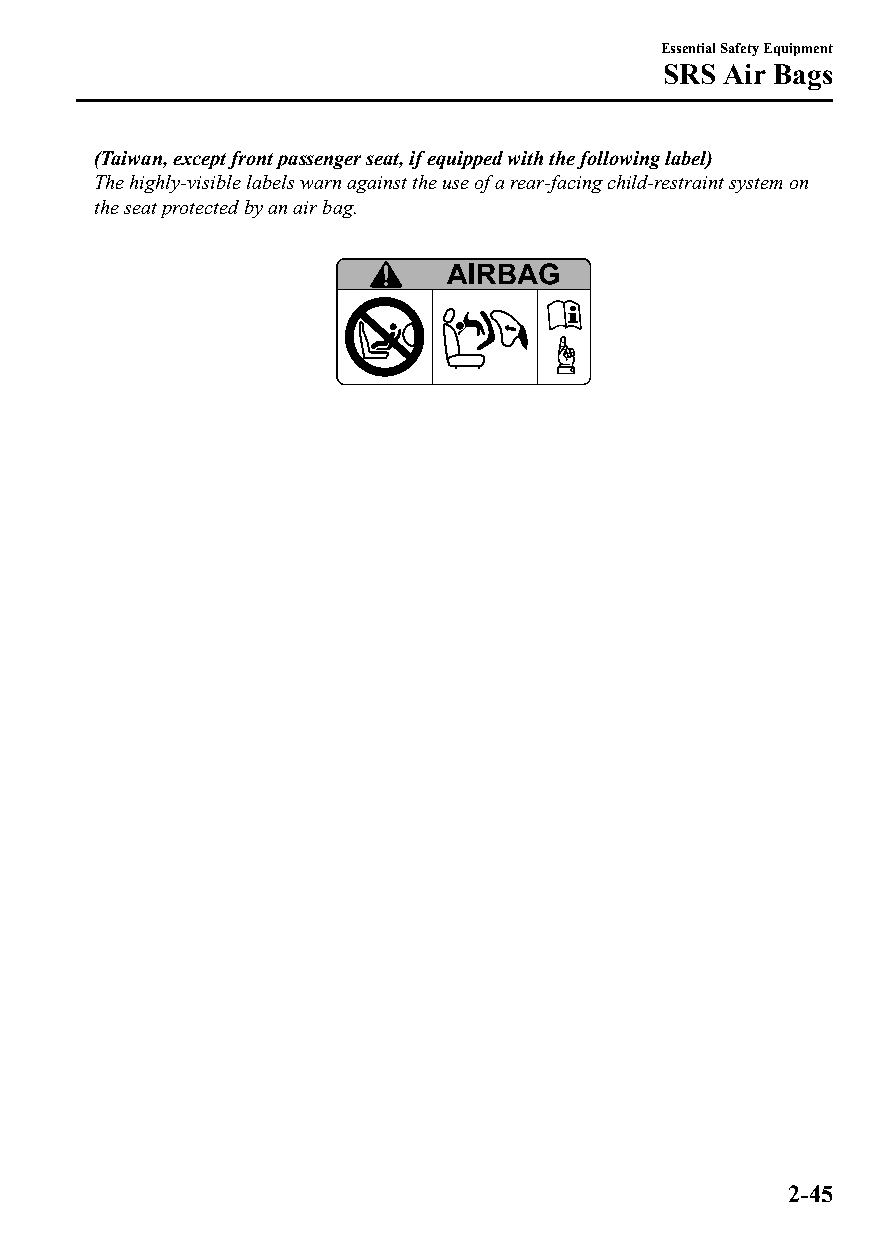
Essential Safety Equipment
 SRS Air Bags
 (Taiwan, except front passenger seat, if equipped with the following label)
 The highly-visible labels warn against the use of a rear-facing child-restraint system on
 the seat protected by an air bag.
 2-45
 CX-3_8GT4-EE-18D_Edition4                  2018-9-6 18:32:19